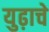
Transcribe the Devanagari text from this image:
युढ़ाचे